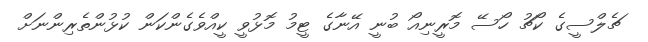
ޗެލްސީގެ ކޯޗު ހޯސޭ މޮރީނިއޯ ބުނީ އޭނާގެ ޓީމު މޮޅުވީ ކީއްވެގެންކަން ކުޅުންތެރިންނަށް